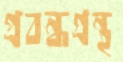
প্রবন্ধগ্রন্থ